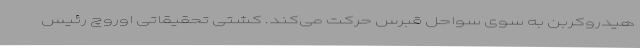
هیدروکربن به سوی سواحل قبرس حرکت می‌کند. کشتی تحقیقاتی اوروچ رئیس